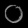
Digit: ၀